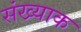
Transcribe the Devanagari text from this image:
संख्याक